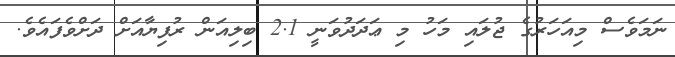
ނަމަވެސް މިއަހަރުގެ ޖުލައި މަހު މި ޢަދަދުވަނީ 2.1 ބިލިއަން ރުފިޔާއަށް ދަށްވެފައެވެ.